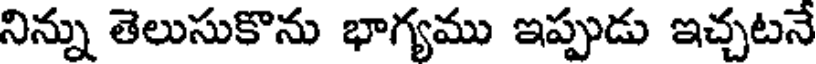
నిన్ను తెలుసుకొను భాగ్యము ఇప్పుడు ఇచ్చటనే